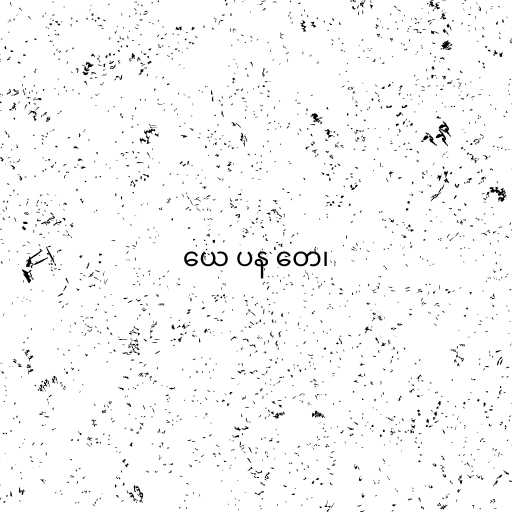
ယေ ပန တေ၊